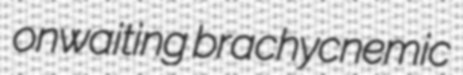
onwaiting brachycnemic